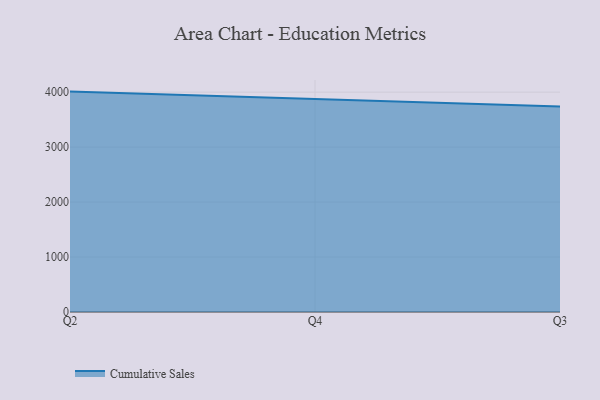
{"axis": {"x": "Quarter", "y": "Website Visitors"}, "legend": ["Cumulative Sales"], "data": [{"x": "Q2", "y": 4009.6, "type": "Cumulative Sales"}, {"x": "Q4", "y": 3875.9, "type": "Cumulative Sales"}, {"x": "Q3", "y": 3739.9, "type": "Cumulative Sales"}]}